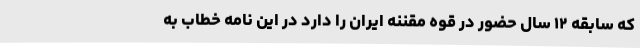
که سابقه ۱۲ سال حضور در قوه مقننه ایران را دارد در این نامه خطاب به